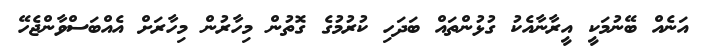
އަނެއް ބޭނުމަކީ އީރާނާއެކު ގުޅުންތައް ބަދަހި ކުރުމުގެ ގޮތުން މިހާރުން މިހާރަށް އެއްބަސްވާންޖެހޭ